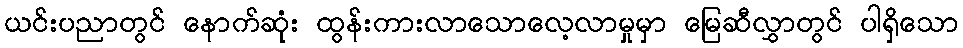
ယင်းပညာတွင် နောက်ဆုံး ထွန်းကားလာသောလေ့လာမှုမှာ မြေဆီလွှာတွင် ပါရှိသော